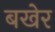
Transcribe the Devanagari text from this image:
बखेर